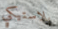
بلاستيكي